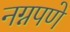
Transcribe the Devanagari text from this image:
नग्नपणे